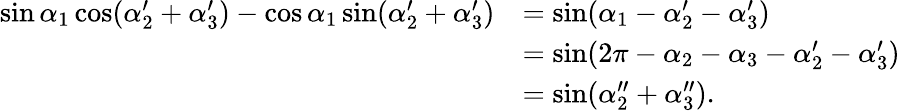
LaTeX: \begin{array}{rl}{\sin\alpha_{1}\cos(\alpha_{2}^{\prime}+\alpha_{3}^{\prime})-\cos\alpha_{1}\sin(\alpha_{2}^{\prime}+\alpha_{3}^{\prime})}&{=\sin(\alpha_{1}-\alpha_{2}^{\prime}-\alpha_{3}^{\prime})}\\ &{=\sin(2\pi-\alpha_{2}-\alpha_{3}-\alpha_{2}^{\prime}-\alpha_{3}^{\prime})}\\ &{=\sin(\alpha_{2}^{\prime\prime}+\alpha_{3}^{\prime\prime}).}\end{array}